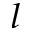
^ l